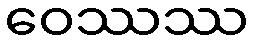
ဝေဿဿ